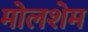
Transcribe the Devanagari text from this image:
मोलशेम